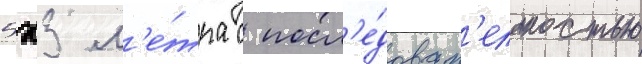
5х3 м'е́тра с посл'е́доват'ельностью